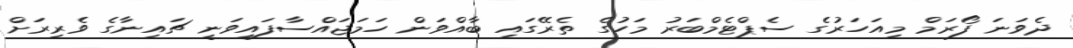
ދެވަނަ ފޯރަމް މިއަހަރުގެ ސެޕްޓެމްބަރު މަހުގެ ތެރޭގައި ބާއްވަން ހަމަޖައްސާފައިވަނީ ޗައިނާގެ ވެރިރަށް